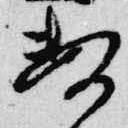
数